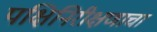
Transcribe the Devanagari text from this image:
पक्षिनिरीक्षणाचा